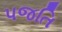
પજતિ